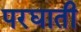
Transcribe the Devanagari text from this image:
परघाती